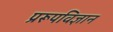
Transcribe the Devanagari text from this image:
प्ररूपविज्ञान